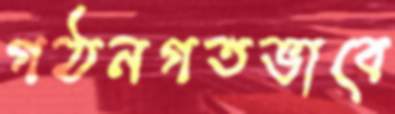
গঠনগতভাবে